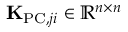
{ \bf K } _ { \mathrm { P C } , j i } \in \mathbb { R } ^ { n \times n }